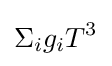
\Sigma _{i}g_{i}T^{3}